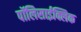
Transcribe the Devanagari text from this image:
पॉलिसाईक्लिक